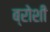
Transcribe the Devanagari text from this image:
ब्रोशी